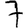
Digit: 7